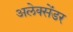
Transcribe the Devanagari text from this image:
अलेक्‍सेंडर